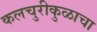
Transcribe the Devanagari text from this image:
कलचुरीकुळाचा